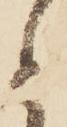
と